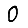
Digit: 0